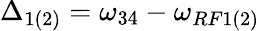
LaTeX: \Delta_{1(2)}=\omega_{34}-\omega_{RF1(2)}